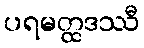
ပရမတ္ထဒဿီ